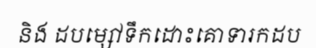
និង ដបម្សៅទឹកដោះគោទារកដប